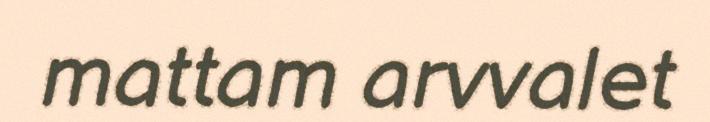
mattam arvvalet